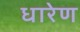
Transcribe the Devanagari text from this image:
धारेण